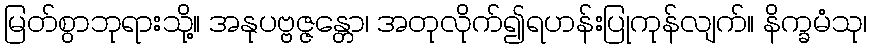
မြတ်စွာဘုရားသို့။ အနုပဗ္ဗဇ္ဇန္တော၊ အတုလိုက်၍ရဟန်းပြုကုန်လျက်။ နိက္ခမံသု၊